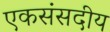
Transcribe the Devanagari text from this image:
एकसंसदीय